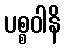
ပစ္စဝါနိ